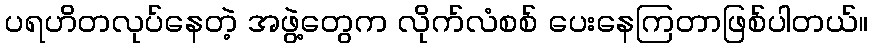
ပရဟိတလုပ်နေတဲ့ အဖွဲ့တွေက လိုက်လံစစ် ပေးနေကြတာဖြစ်ပါတယ်။